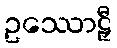
ဥဿောဠှီ